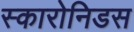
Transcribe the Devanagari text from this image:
स्कारोनिडस